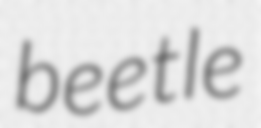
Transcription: beetle